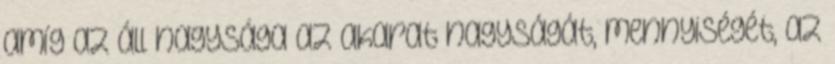
amíg az áll nagysága az akarat nagyságát, mennyiségét, az